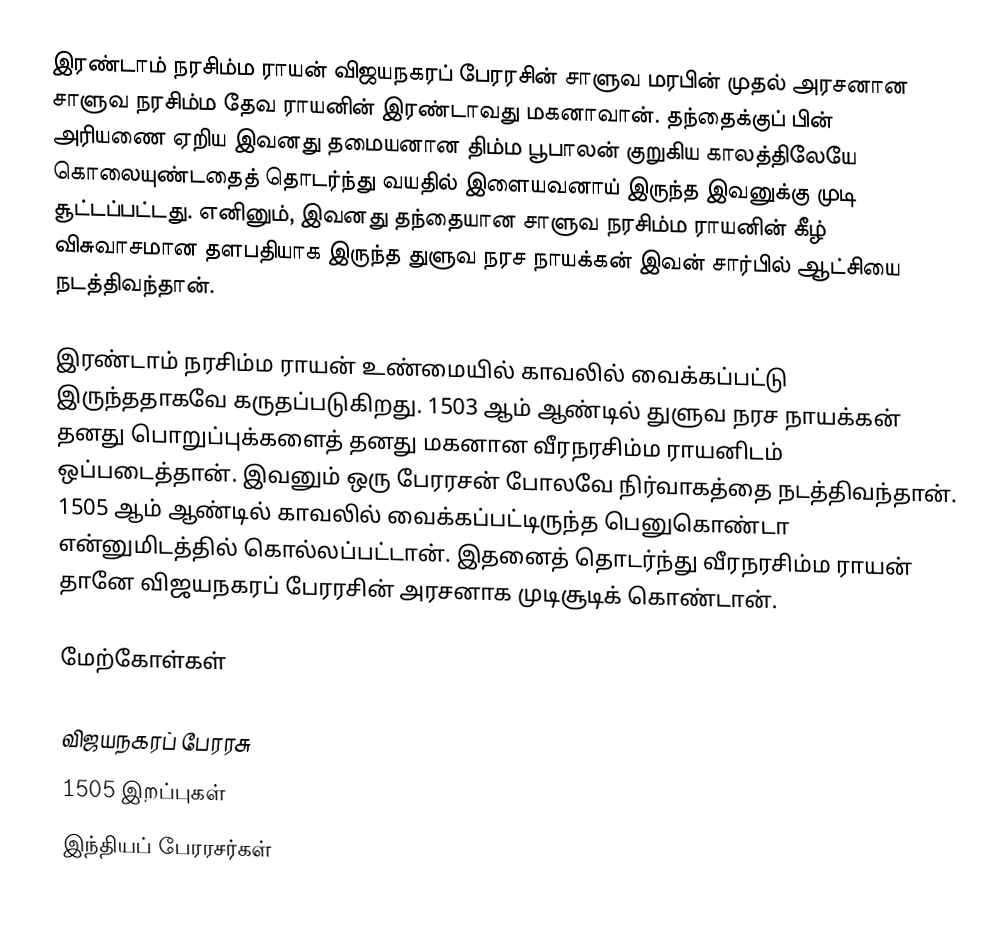
இரண்டாம் நரசிம்ம ராயன் விஜயநகரப் பேரரசின் சாளுவ மரபின் முதல் அரசனான சாளுவ நரசிம்ம தேவ ராயனின் இரண்டாவது மகனாவான். தந்தைக்குப் பின் அரியணை ஏறிய இவனது தமையனான திம்ம பூபாலன் குறுகிய காலத்திலேயே கொலையுண்டதைத் தொடர்ந்து வயதில் இளையவனாய் இருந்த இவனுக்கு முடி சூட்டப்பட்டது. எனினும், இவனது தந்தையான சாளுவ நரசிம்ம ராயனின் கீழ் விசுவாசமான தளபதியாக இருந்த துளுவ நரச நாயக்கன் இவன் சார்பில் ஆட்சியை நடத்திவந்தான்.

இரண்டாம் நரசிம்ம ராயன் உண்மையில் காவலில் வைக்கப்பட்டு இருந்ததாகவே கருதப்படுகிறது. 1503 ஆம் ஆண்டில் துளுவ நரச நாயக்கன் தனது பொறுப்புக்களைத் தனது மகனான வீரநரசிம்ம ராயனிடம் ஒப்படைத்தான். இவனும் ஒரு பேரரசன் போலவே நிர்வாகத்தை நடத்திவந்தான். 1505 ஆம் ஆண்டில் காவலில் வைக்கப்பட்டிருந்த பெனுகொண்டா என்னுமிடத்தில் கொல்லப்பட்டான். இதனைத் தொடர்ந்து வீரநரசிம்ம ராயன் தானே விஜயநகரப் பேரரசின் அரசனாக முடிசூடிக் கொண்டான்.

மேற்கோள்கள்

விஜயநகரப் பேரரசு
1505 இறப்புகள்
இந்தியப் பேரரசர்கள்